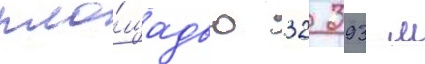
пло́щадью 32 393 м